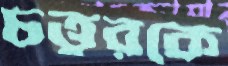
চত্ত্বরকে